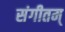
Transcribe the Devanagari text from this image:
संगीतम्‌